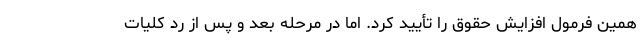
همین فرمول افزایش حقوق را تأیید کرد. اما در مرحله بعد و پس از رد کلیات